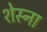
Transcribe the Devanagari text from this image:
शेस्ना